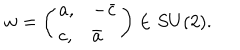
LaTeX: w = \left( \begin{array} { l l } { { a , } } & { { - \bar { c } } } \\ { { c , } } & { { \bar { a } } } \\ \end{array} \right) \in S U ( 2 ) .